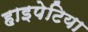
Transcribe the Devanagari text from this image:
हाइपेटिया